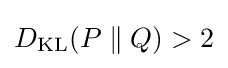
D_{\mathrm {KL} }(P\parallel Q)>2